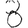
Digit: 8